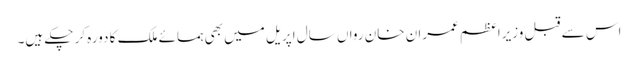
اس سے قبل وزیراعظم عمران خان رواں سال اپریل میں بھی ہمسائے ملک کا دورہ کر چکے ہیں۔